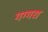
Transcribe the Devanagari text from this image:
गग्गरा